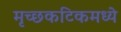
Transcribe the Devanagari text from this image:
मृच्छकटिकमध्ये